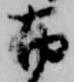
布